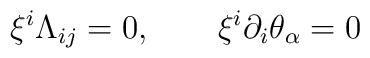
\xi ^i\Lambda _{ij}=0,\qquad \xi ^i\partial _i\theta_\alpha =0